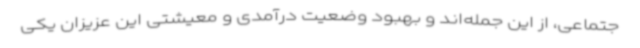
جتماعی، از این جمله‌اند و بهبود وضعیت درآمدی و معیشتی این عزیزان یکی